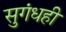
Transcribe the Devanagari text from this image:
सुगंधही